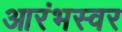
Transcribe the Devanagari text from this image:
आरंभस्वर